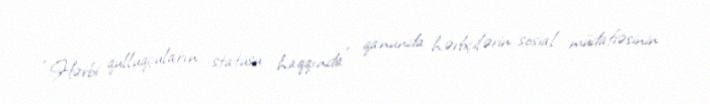
“Hərbi qulluqçuların statusu haqqında” qanunda hərbçilərin sosial müdafiəsinin